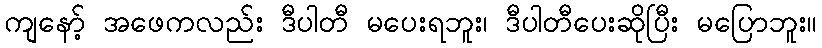
ကျနော့် အဖေကလည်း ဒီပါတီ မပေးရဘူး၊ ဒီပါတီပေးဆိုပြီး မပြောဘူး။